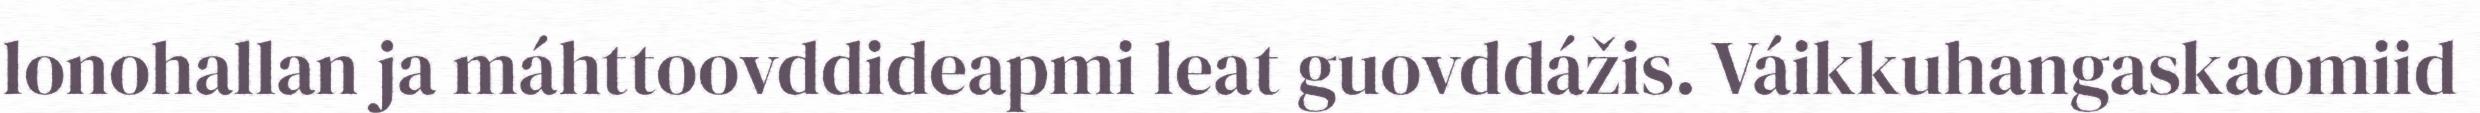
lonohallan ja máhttoovddideapmi leat guovddážis. Váikkuhangaskaomiid